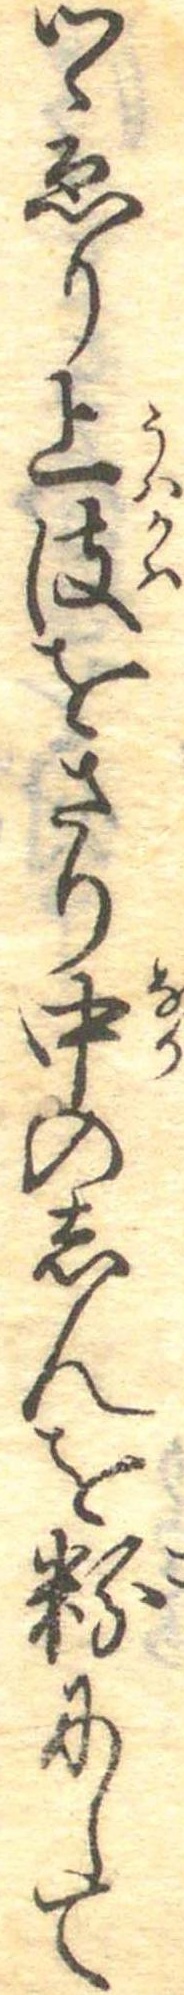
つゝゑり上皮をさり中のしんを粉にして